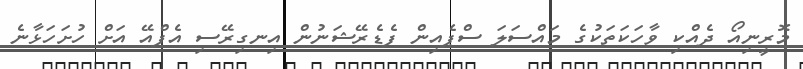
މޮރީނިއޯ ދެއްކި ވާހަކަތަކުގެ މައްސަލަ ސްޕެއިން ފެޑެރޭޝަނުން އިނގިރޭސި އެފްއޭ އަށް ހުށަހަޅާނެ